Indian journal of veterinary science and animal husbandry - Volumes 22-23, 1952-1953
Year: 1952
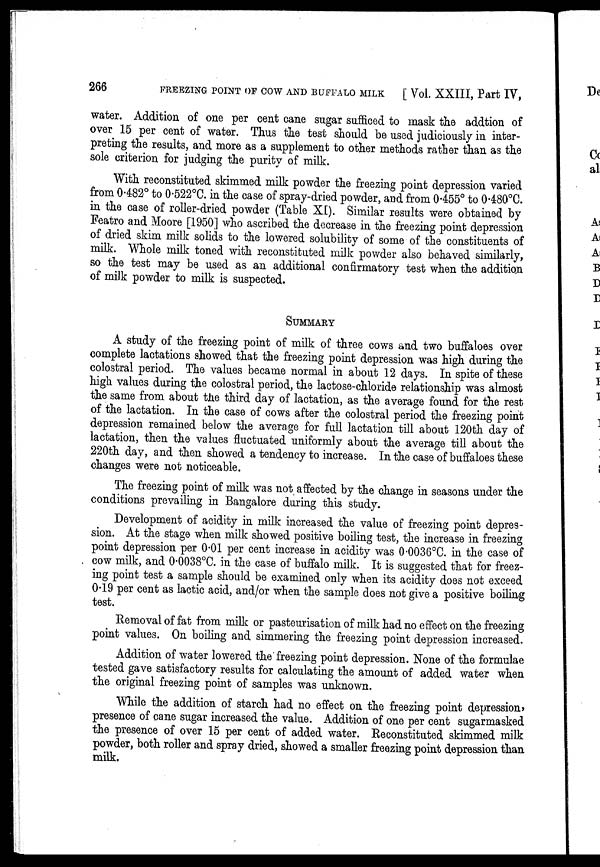
266
FREEZING POINT OF COW AND BUFFALO MILK
[Vol. XXIII, Part IV,
water. Addition of one per cent cane sugar sufficed to mask the addtion of
over 15 per cent of water. Thus the test should be used judiciously in inter-
preting the results, and more as a supplement to other methods rather than as the
sole criterion for judging the purity of milk.
With reconstituted skimmed milk powder the freezing point depression varied
from 0.482º to 0.522ºC. in the case of spray-dried powder, and from 0.455º to 0.480ºC.
in the case of roller-dried powder (Table XI). Similar results were obtained by
Featro and Moore [1950] who ascribed the decrease in the freezing point depression
of dried skim milk solids to the lowered solubility of some of the constituents of
milk. Whole milk toned with reconstituted milk powder also behaved similarly,
so the test may be used as an additional confirmatory test when the addition
of milk powder to milk is suspected.
SUMMARY
A study of the freezing point of milk of three cows and two buffaloes over
complete lactations showed that the freezing point depression was high during the
colostral period. The values became normal in about 12 days. In spite of these
high values during the colostral period, the lactose-chloride relationship was almost
the same from about the third day of lactation, as the average found for the rest
of the lactation. In the case of cows after the colostral period the freezing point
depression remained below the average for full lactation till about 120th day of
lactation, then the values fluctuated uniformly about the average till about the
220th day, and then showed a tendency to increase. In the case of buffaloes these
changes were not noticeable.
The freezing point of milk was not affected by the change in seasons under the
conditions prevailing in Bangalore during this study.
Development of acidity in milk increased the value of freezing point depres-
sion. At the stage when milk showed positive boiling test, the increase in freezing
point depression per 0.01 per cent increase in acidity was 0.0036ºC. in the case of
cow milk, and 0.0038ºC. in the case of buffalo milk. It is suggested that for freez-
ing point test a sample should be examined only when its acidity does not exceed
0.19 per cent as lactic acid, and/or when the sample does not give a positive boiling
test.
Removal of fat from milk or pasteurisation of milk had no effect on the freezing
point values. On boiling and simmering the freezing point depression increased.
Addition of water lowered the freezing point depression. None of the formulae
tested gave satisfactory results for calculating the amount of added water when
the original freezing point of samples was unknown.
While the addition of starch had no effect on the freezing point depression,
presence of cane sugar increased the value. Addition of one per cent sugarmasked
the presence of over 15 per cent of added water. Reconstituted skimmed milk
powder, both roller and spray dried, showed a smaller freezing point depression than
milk.